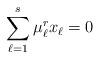
LaTeX: \begin{align*}\sum_{\ell = 1}^s \mu_\ell^rx_\ell = 0\end{align*}